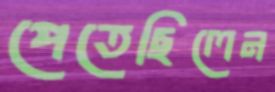
পেতেছিলেন